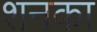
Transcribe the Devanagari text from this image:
शनका